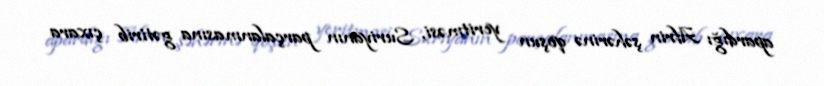
apardığı Afrin şəhərinə qoşun yeritməsi, Suriyanın parçalanmasına gətirib çıxara